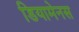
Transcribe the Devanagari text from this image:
डियामेनस